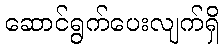
ဆောင်ရွက်ပေးလျက်ရှိ